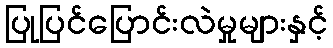
ပြုပြင်ပြောင်းလဲမှုများနှင့်